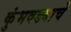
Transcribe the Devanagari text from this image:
कुंभवड्याचे